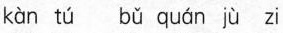
kàn tú bǔ quán jù zi